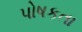
પોષકતા